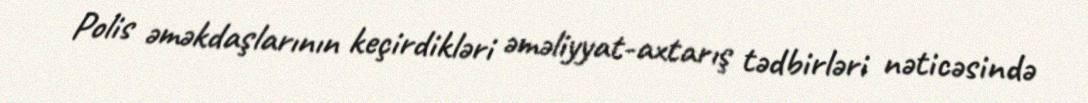
Polis əməkdaşlarının keçirdikləri əməliyyat-axtarış tədbirləri nəticəsində